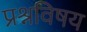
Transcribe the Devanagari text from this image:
प्रश्नविषय